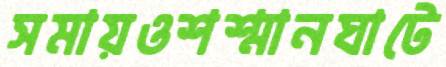
সমায়ওশশ্মানঘাটে